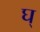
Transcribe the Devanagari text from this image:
घ्‌